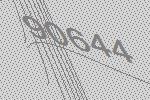
90644